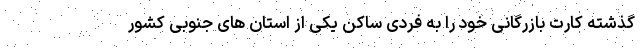
گذشته کارت بازرگانی خود را به فردی ساکن یکی از استان های جنوبی کشور